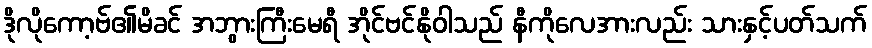
ဒိုလိုကော့ဗ်၏မိခင် အဘွားကြီးမေရီ အိုင်ဗင်နိုဝါသည် နီကိုလေအားလည်း သားနှင့်ပတ်သက်